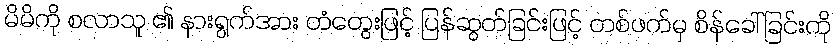
မိမိကို စလာသူ ၏ နားရွက်အား တံတွေးဖြင့် ပြန်ဆွတ်ခြင်းဖြင့် တစ်ဖက်မှ စိန်ခေါ်ခြင်းကို